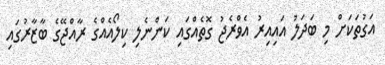
އަގުތަކަށް މި ބަދަލު އައިއިރު އެވްރެޖު ގޮތެއްގައި ކަންނެލި ކިލޯއެއްގެ ރާއްޖޭގެ ބާޒާރުގައި